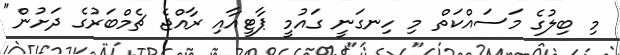
މި ބިލުގެ މަސައްކަތް މި ހިނގަނީ ގައުމީ ޕާޓީއާއި ރާއްޖެ ޗެމްބަރުގެ ދަށުން"